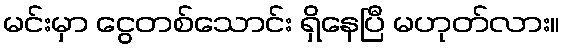
မင်းမှာ ငွေတစ်သောင်း ရှိနေပြီ မဟုတ်လား။